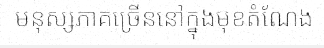
មនុស្សភាគច្រើននៅក្នុងមុខតំណែង